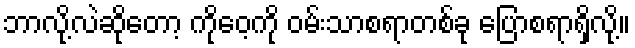
ဘာလို့လဲဆိုတော့ ကိုဝေ့ကို ဝမ်းသာစရာတစ်ခု ပြောစရာရှိလို့။